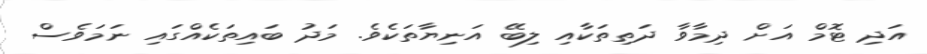
އަދި ޓޮމް އަށް ދިމާވާ ދަތިތަކާއި ލިބޭ އަނިޔާތަކެވެ. މަދު ބައިތަކެއްގައި ނަމަވެސް